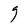
Character: g